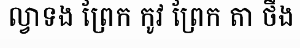
ល្វាទង ព្រែក កូវ ព្រែក តា ថឹង